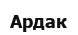
Ардак